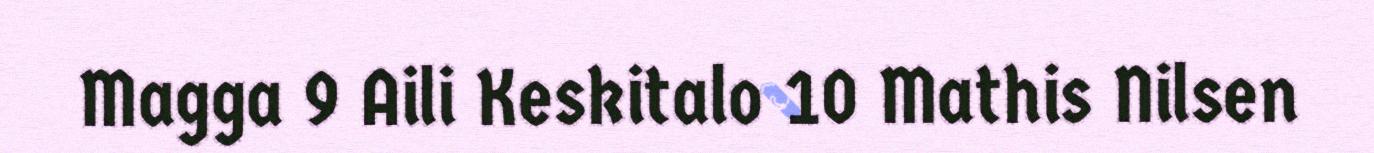
Magga 9 Aili Keskitalo 10 Mathis Nilsen